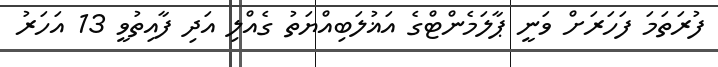
ފުރަތަމަ ފަހަރަށް ވަނީ ޕާލަމެންޓްގެ އަޣުލަބިއްޔަތު ގެއްލި އަދި ފާއިތުވީ 13 އަހަރު